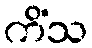
ကိံသ